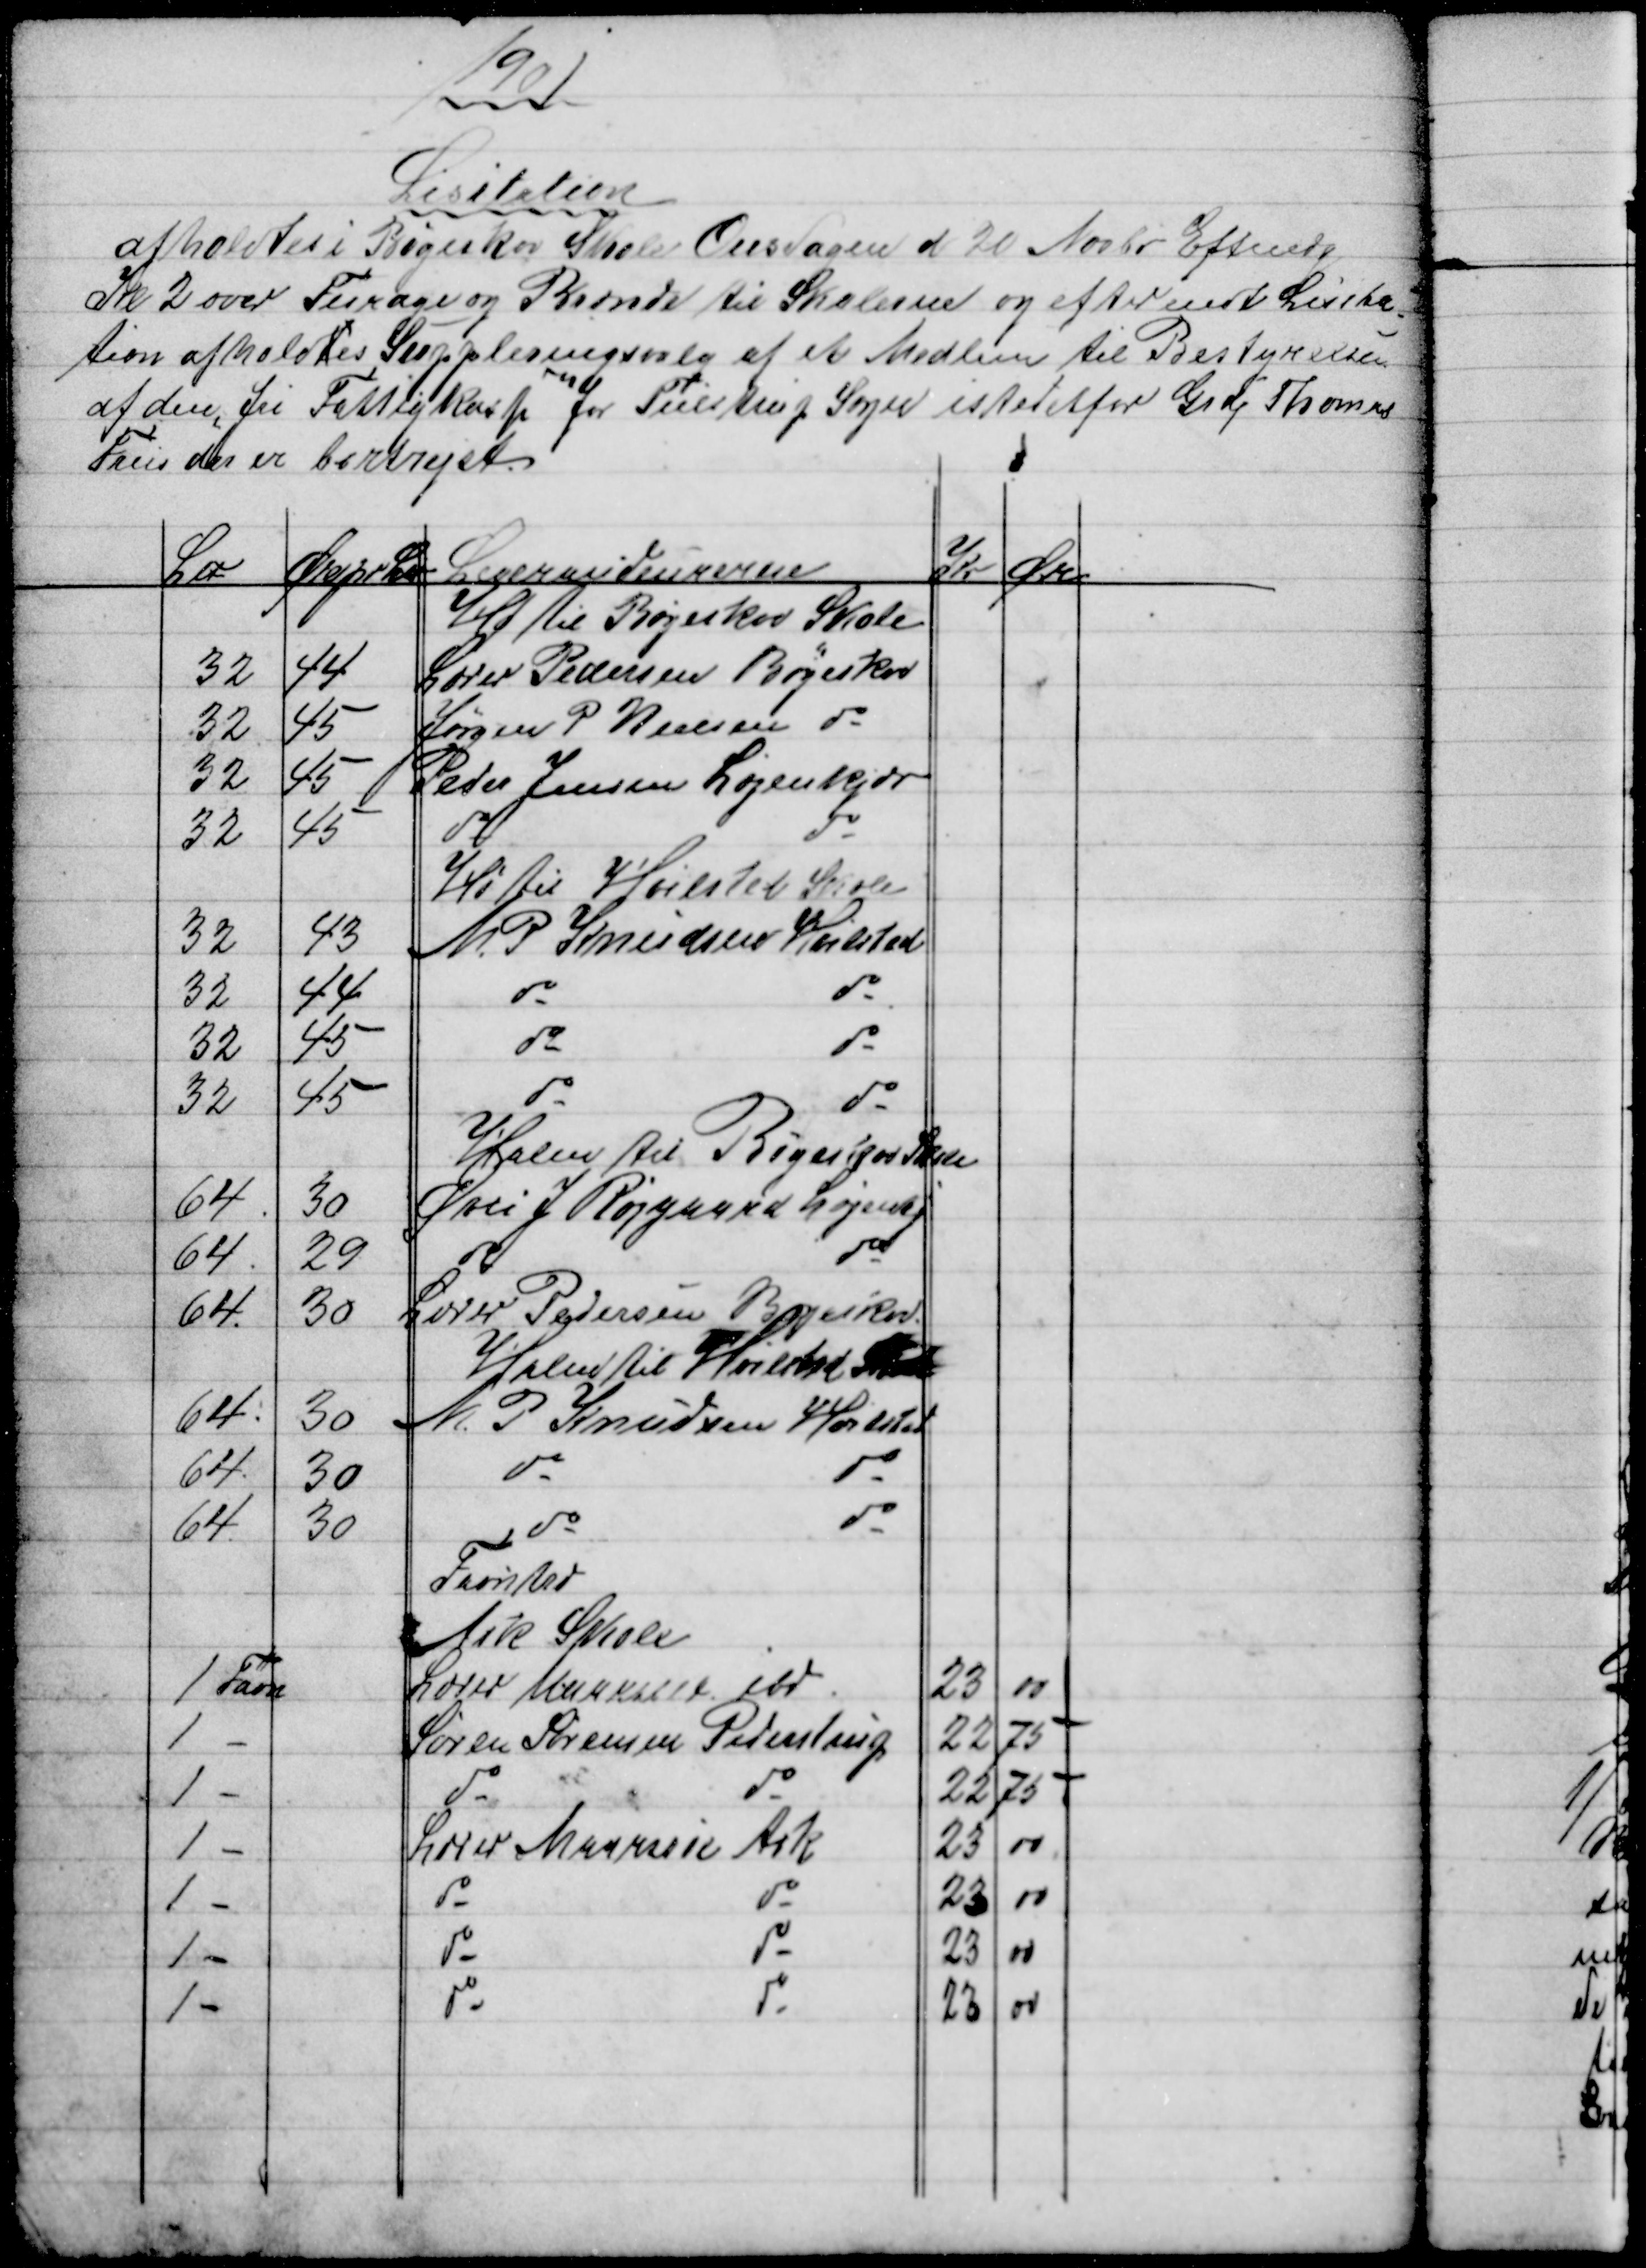
Transskription:
1901
Lisitation
afholdtes i Bøgeskov Skole Onsdagen d 20 Novbr Eftmdg
Kl 2 over Furage og Brænde til Skolerne og efter endt Lisita
=
tion afholdtes Suppleringsvalg af et Medlem til Bestyrelsen
af den fri Fattigkasse for Tulstrup Sogn istedetfor Grdj Thomas
Friis der er bortrejst
L℔
Øre pr L℔
Leverandeurerne
Kr
Øre
Hø til Bøgeskov Skole
32
44
Lærer Pedersen Bøgeskov
32
45
Jørgen P. Nielsen do
32
45 
Peder Jensen Løjenkjær
32
45
do
do
Hø til Hvilsted Skole
32
43
M. P Knudsen Hvilsted
32
44
do
do
32
45
do
do
32
45
do
do
Halm til Bøgeskov Skole
64
30
Øvli J Røjgaard Løjenkj
64
29
do
do
64
30
Lærer Pedersen Bøgeskov
Halm til Hvilsted Skole
64
30 
M. P. Knudsen Hvilsted
64
30
do
do
64
30
do
do
Favntræ
Ask Skole
1 Favn
Lærer Maarssøe ibd
23
00
1 -
Søren Sørensen Pederstrup
22
75
1 -
do
do
22
75
1 -
Lærer Maarssøe Ask
25
00
1 -
do
do
23
00
1 -
do
do
23
00
1 -
do
do
23
00